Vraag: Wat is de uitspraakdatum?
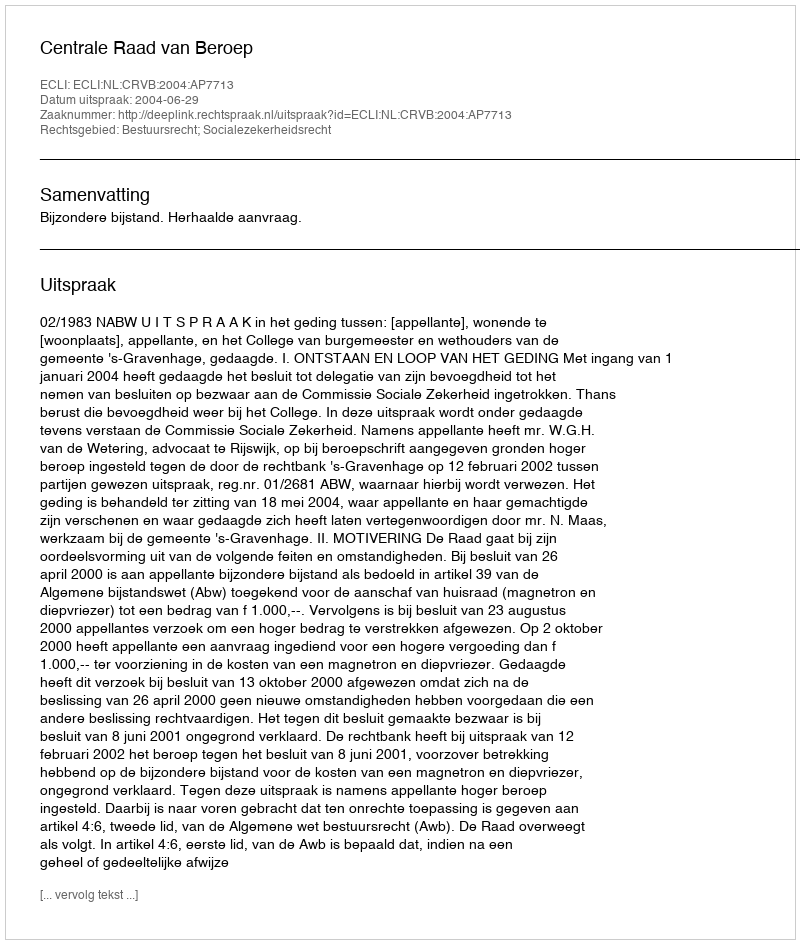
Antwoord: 2004-06-29